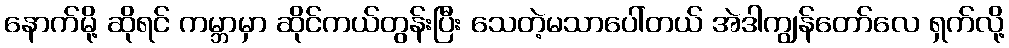
နောက်မို့ ဆိုရင် ကမ္ဘာမှာ ဆိုင်ကယ်တွန်းပြီး သေတဲ့မသာပေါ်တယ် အဲဒါကျွန်တော်လေ ရှက်လို့